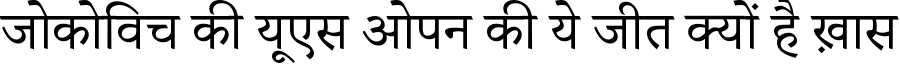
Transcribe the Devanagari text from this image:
जोकोविच की यूएस ओपन की ये जीत क्यों है ख़ास